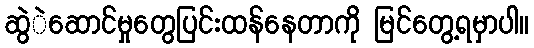
ဆွဲဲဆောင်မှုတွေပြင်းထန်နေတာကို မြင်တွေ့ရမှာပါ။